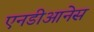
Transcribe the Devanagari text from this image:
एनडीआनेस